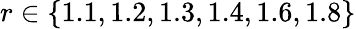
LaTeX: r\in\{ 1.1,1.2,1.3,1.4,1.6,1.8\}